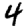
Digit: 4